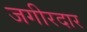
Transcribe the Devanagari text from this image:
जगीरदार